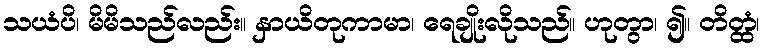
သယံပိ၊ မိမိသည်လည်း။ နှာယိတုကာမာ၊ ရေချိုးလိုသည်။ ဟုတွာ၊ ၍။ တိတ္ထံ၊